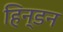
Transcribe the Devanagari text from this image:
हिन्‍डन